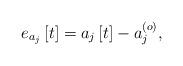
LaTeX: \begin{align*} e_{a_j}\left[t\right]=a_j\left[t\right]-a_j^{\left(o\right)},\end{align*}